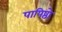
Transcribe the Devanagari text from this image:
पापिष्ठो